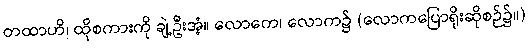
တထာဟိ၊ ထိုစကားကို ချဲ့ဦးအံ့။ လောကေ၊ လောက၌ (လောကပြောရိုးဆိုစဉ်၌။)